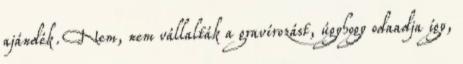
ajándék. Nem, nem vállalták a gravírozást, úgyhogy odaadja így,